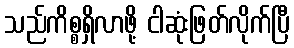
သည်ကိစ္စရှိလာဖို့ ငါဆုံးဖြတ်လိုက်ပြီ